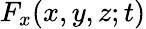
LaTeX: F_{x}(x,y,z;t)